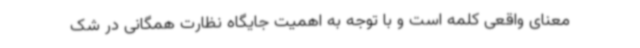
معنای واقعی کلمه است و با توجه به اهمیت جایگاه نظارت همگانی در شک